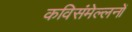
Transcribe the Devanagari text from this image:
कविसंमेल्लनों